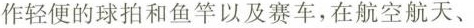
作轻便的球拍和鱼竿以及赛车，在航空航天、